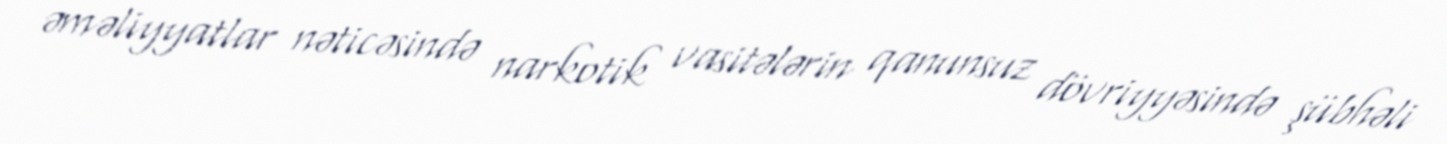
əməliyyatlar nəticəsində narkotik vasitələrin qanunsuz dövriyyəsində şübhəli